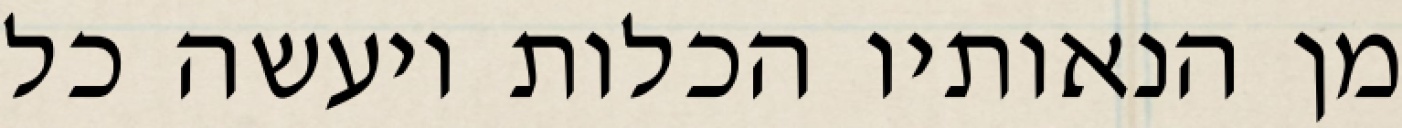
מן הנאותיו הכלות ויעשה כל